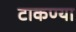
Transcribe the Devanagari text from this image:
टाकण्या